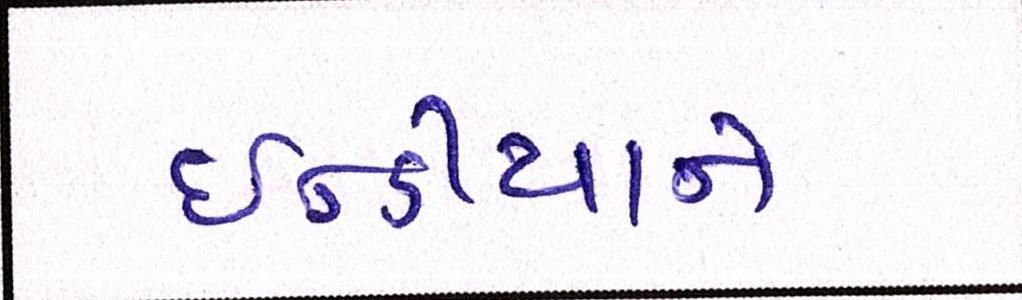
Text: ઈન્ડીયાને